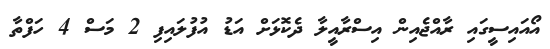
އޯއައިސީގައި ރާއްޖެއިން އިސްރާއީލާ ދެކޮޅަށް އަޑު އުފުލައިފި 2 މަސް 4 ހަފްތާ